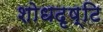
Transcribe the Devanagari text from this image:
शोधदृष्टि